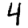
Digit: 4